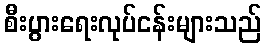
စီးပွားရေးလုပ်ငန်းများသည်